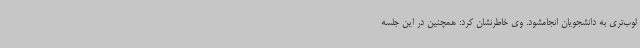
لوب‌تری به دانشجویان انجامشود. وی خاطرنشان کرد: همچنین در این جلسه